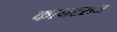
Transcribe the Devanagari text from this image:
कानटराज